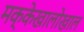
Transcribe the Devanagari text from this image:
मक्केखालोखाल